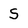
Character: S